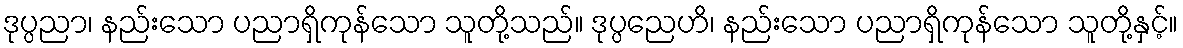
ဒုပ္ပညာ၊ နည်းသော ပညာရှိကုန်သော သူတို့သည်။ ဒုပ္ပညေဟိ၊ နည်းသော ပညာရှိကုန်သော သူတို့နှင့်။